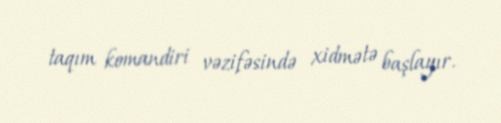
taqım komandiri vəzifəsində xidmətə başlayır.